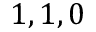
1 , 1 , 0